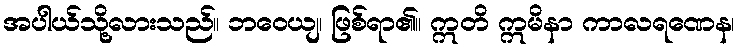
အပါယ်သို့လားသည်။ ဘဝေယျ၊ ဖြစ်ရာ၏။ ဣတိ ဣမိနာ ကာလရဏေန၊